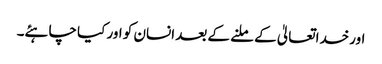
اورخداتعالیٰ کے ملنے کے بعد انسان کو اور کیا چاہئے۔